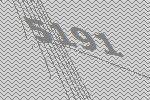
5191